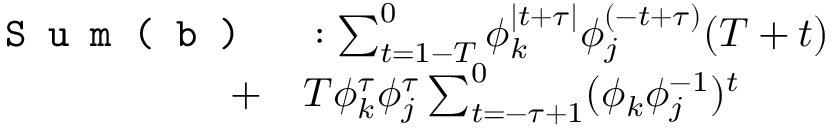
\begin{array} { r l } { \texttt { S u m ( b ) } } & { { } : \sum _ { t = 1 - T } ^ { 0 } \phi _ { k } ^ { \mid t + \tau \mid } \phi _ { j } ^ { ( - t + \tau ) } ( T + t ) } \\ { + } & { { } T \phi _ { k } ^ { \tau } \phi _ { j } ^ { \tau } \sum _ { t = - \tau + 1 } ^ { 0 } ( \phi _ { k } \phi _ { j } ^ { - 1 } ) ^ { t } } \end{array}